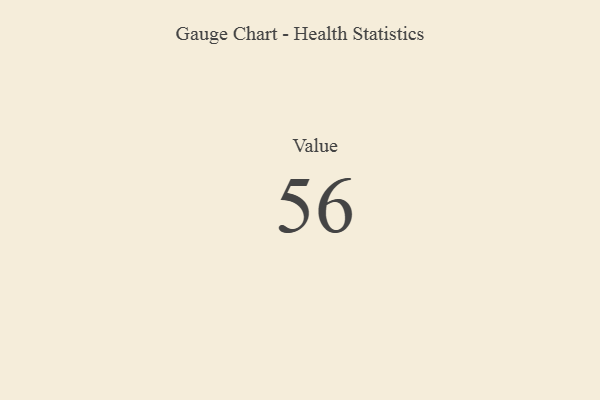
{"axis": {"x": "Metric", "y": "Value"}, "legend": [""], "data": [{"x": "Value", "y": 56, "type": ""}]}